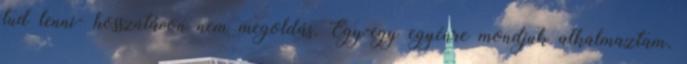
tud lenni- hosszútávon nem megoldás. Egy-egy egyénre mondjuk alkalmaztam,